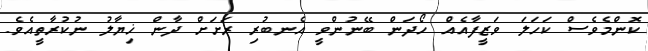
ކޮންމެވެސް ކަހަލަ ވަޒީފާއެއް ހޯދަން ބޭނުންވީ އެނބުރި ރަށަށް ދާން ޚިޔާލު ނުކުރާތީއެވެ.